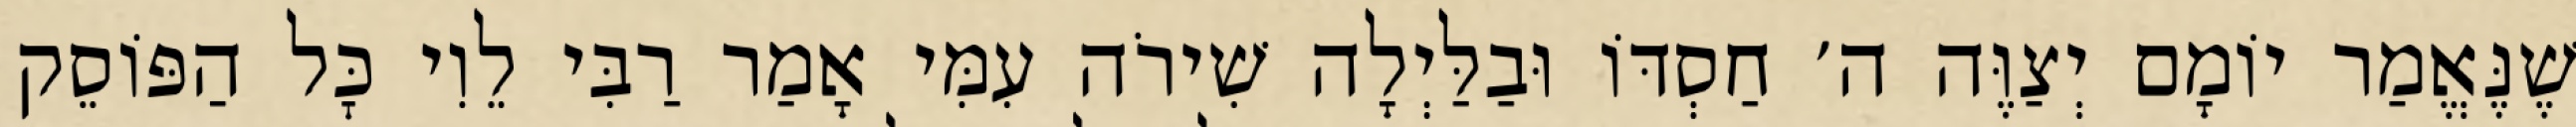
שֶׁנֶּאֱמַר יוֹמָם יְצַוֶּה ה׳ חַסְדּוֹ וּבַלַּיְלָה שִׁירֹה עִמִּי אָמַר רַבִּי לֵוִי כׇּל הַפּוֹסֵק